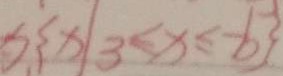
x 、 \{ x \vert 3 \leq x \leq - 6 \}